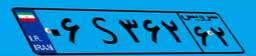
۶۰S۹۸۲۱۶